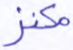
مكنز